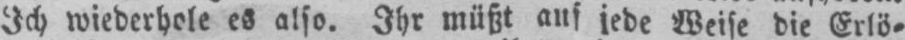
Ich wiederhole es also. Ihr müßt auf jede Weise die Erlö⸗